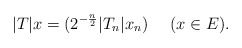
\begin{align*} |T|x=(2^{-\frac{n}{2}}|T_n|x_n) \ \ \ \ (x\in E).\end{align*}